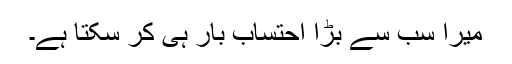
میرا سب سے بڑا احتساب بار ہی کر سکتا ہے۔